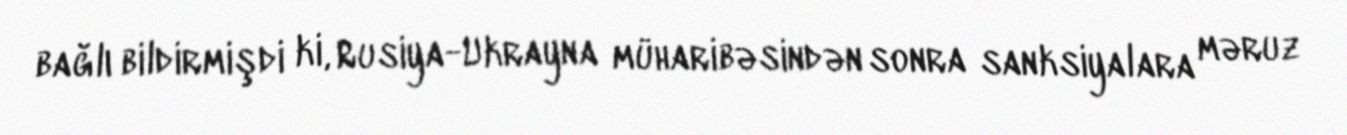
bağlı bildirmişdi ki, Rusiya-Ukrayna müharibəsindən sonra sanksiyalara məruz